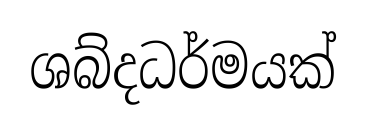
ශබ්දධර්මයක්